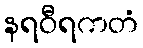
နရဝီရကတံ